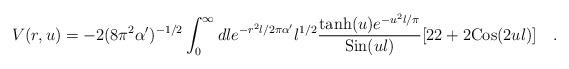
LaTeX: \begin{align*}V(r,u) = - 2 (8 \pi^2 \alpha')^{-1/2} \int_0^{\infty} dl e^{-r^2 l/2\pi\alpha' } {l}^{1/2} {{{\rm tanh}(u) e^{-u^2 l/\pi} }\over{ {\rm Sin}(ul)}} [ 22 + 2{\rm Cos}(2ul) ] \quad .\end{align*}